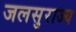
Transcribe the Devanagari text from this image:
जलसुराज्य